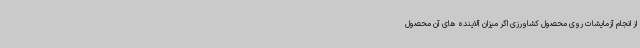
از انجام آزمایشات روی محصول کشاورزی اگر میزان آلاینده های آن محصول